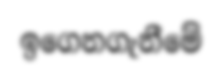
ඉගෙනගැනීමේ